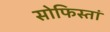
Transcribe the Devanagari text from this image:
सोफिस्तां